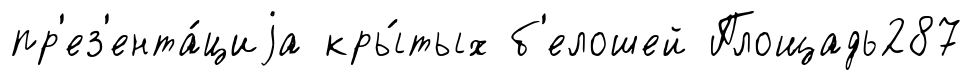
пр'ез'ента́циjа кры́тых б'елошей Площадь287